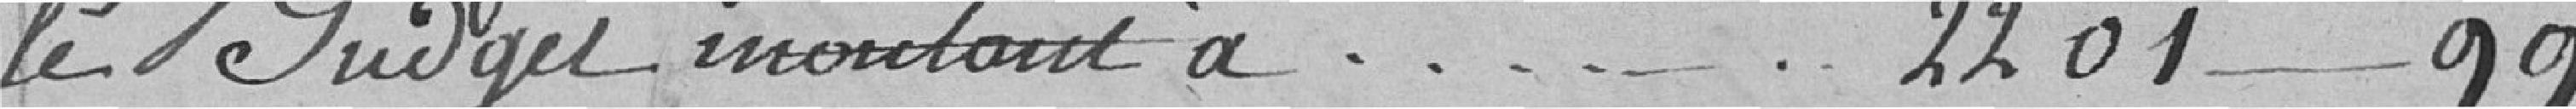
le budget montant à ........................ 2.201---99